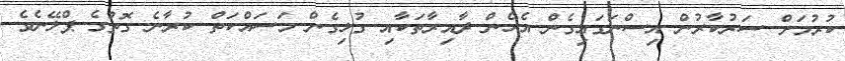
ކުރުމަށް ސަރުކާރުން އިސްނަގައިގެން އެހެން ދާއިރާތަކާއި ގުޅިގެން މަސައްކަތް ކުރާނެ ގޮތުގެ ޕްލޭނެވެ.